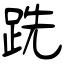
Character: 跣